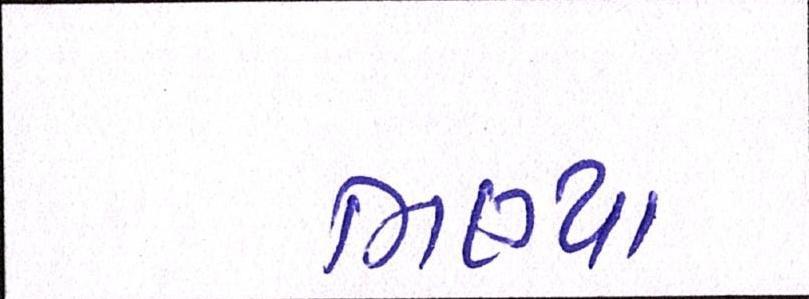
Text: ભણ્યા